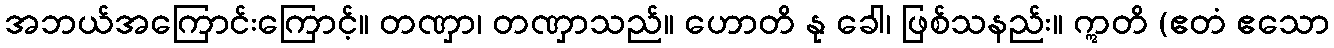
အဘယ်အကြောင်းကြောင့်။ တဏှာ၊ တဏှာသည်။ ဟောတိ နု ခေါ၊ ဖြစ်သနည်း။ ဣတိ (ဧတံ ဧသော